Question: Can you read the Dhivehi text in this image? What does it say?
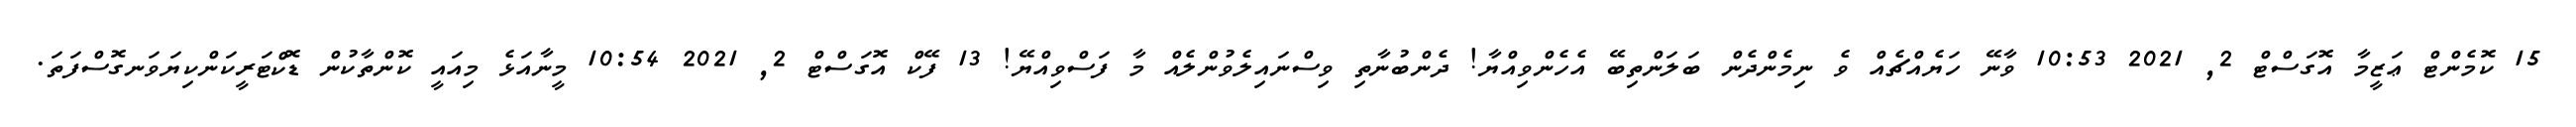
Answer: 15 ކޮމެންޓް ޢަޒީމާ އޮގަސްޓް 2, 2021 10:53 ވާނޭ ހަޔެއްޗެއް ވެ ނިމެންދެން ބަލަންތިބޭ އެހެންވިއްޔާ! ދެންބުނާތި ވިސްނައިލެވުންލެއް މާ ފަސްވިއްޔޭ! 13 ފޭކް އޮގަސްޓް 2, 2021 10:54 މީނާއަޅެ މިއައީ ކޮންތާކުން ޑޮކްޓަރީކަންކިޔަވަނގޮސްފަތަ.